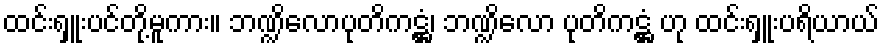
ထင်းရှူးပင်တို့မူကား။ ဘဏ္ဍိလောပုတိကဋ္ဌံ၊ ဘဏ္ဍိလော ပုတိကဋ္ဌံ ဟု ထင်းရှူးပရိယာယ်